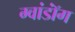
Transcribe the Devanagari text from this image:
ग्वांडॉंग